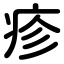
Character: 疹